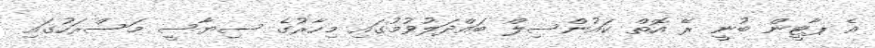
އެ ޕާޓީން ބުނީ ރޭ އޮތް ކައުންސިލް ބައްދަލުވުމުގައި މިހާރުގެ ސިޔާސީ މަސްރަހުގައި